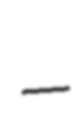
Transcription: –